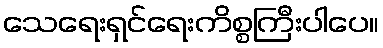
သေရေးရှင်ရေးကိစ္စကြီးပါပေ။